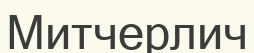
Митчерлич